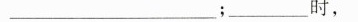
___________；_____时，